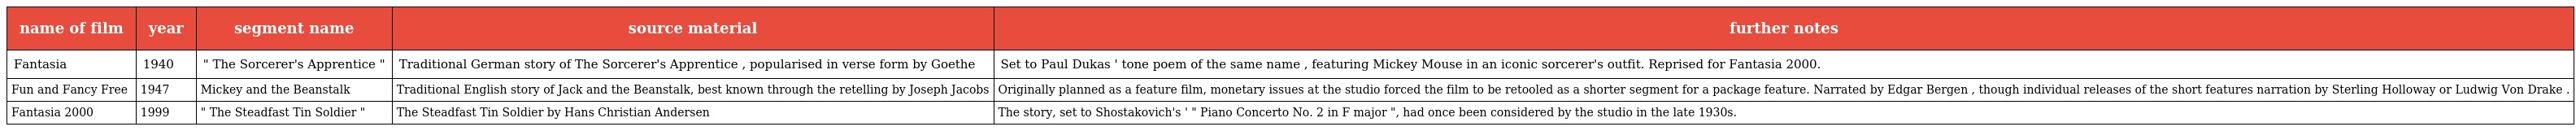
| name of film | year | segment name | source material | further notes |
 | --- | --- | --- | --- | --- |
 | Fantasia | 1940 | " The Sorcerer's Apprentice " | Traditional German story of The Sorcerer's Apprentice , popularised in verse form by Goethe | Set to Paul Dukas ' tone poem of the same name , featuring Mickey Mouse in an iconic sorcerer's outfit. Reprised for Fantasia 2000. |
 | Fun and Fancy Free | 1947 | Mickey and the Beanstalk | Traditional English story of Jack and the Beanstalk, best known through the retelling by Joseph Jacobs | Originally planned as a feature film, monetary issues at the studio forced the film to be retooled as a shorter segment for a package feature. Narrated by Edgar Bergen , though individual releases of the short features narration by Sterling Holloway or Ludwig Von Drake . |
 | Fantasia 2000 | 1999 | " The Steadfast Tin Soldier " | The Steadfast Tin Soldier by Hans Christian Andersen | The story, set to Shostakovich's ' " Piano Concerto No. 2 in F major ", had once been considered by the studio in the late 1930s. |